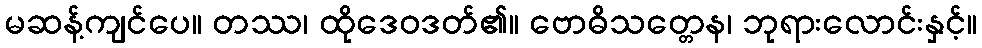
မဆန့်ကျင်ပေ။ တဿ၊ ထိုဒေဝဒတ်၏။ ဗောဓိသတ္တေန၊ ဘုရားလောင်းနှင့်။